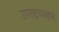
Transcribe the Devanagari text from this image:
उपराष्ट्राध्यक्षाने